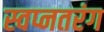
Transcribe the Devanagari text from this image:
स्वप्नतरंग